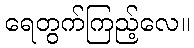
ရေတွက်ကြည့်လေ။